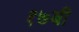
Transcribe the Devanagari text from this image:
१७बी